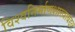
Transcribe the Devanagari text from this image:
विश्वनिर्माणशास्त्राबद्दल